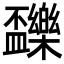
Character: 𣡝